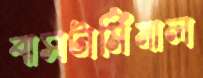
বাসটার্মিনাল